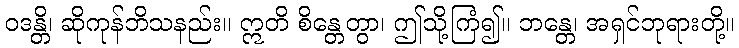
ဝဒန္တိ၊ ဆိုကုန်ဘိသနည်း။ ဣတိ စိန္တေတွာ၊ ဤသို့ကြံ၍။ ဘန္တေ၊ အရှင်ဘုရားတို့။